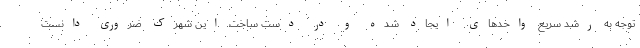
توجه به رشد سریع واحدهای ایجاد شده و در دست ساخت این شهرک ضروری دانست